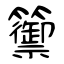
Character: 籞